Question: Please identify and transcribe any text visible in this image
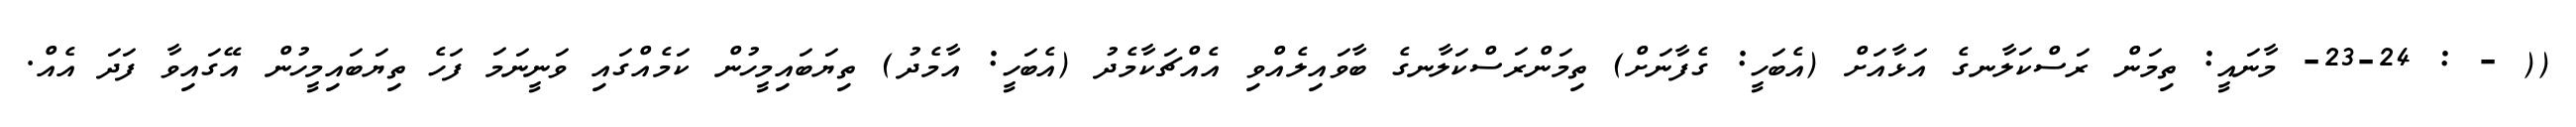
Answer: (( - : 23-24- މާނައީ: ތިމަން ރަސްކަލާނގެ އަޅާއަށް (އެބަހީ: ގެފާނަށް) ތިމަންރަސްކަލާނގެ ބާވައިލެއްވި އެއްޗަކާމެދު (އެބަހީ: އާމެދު) ތިޔަބައިމީހުން ކަމެއްގައި ވަނީނަމަ ފަހެ ތިޔަބައިމީހުން އޭގައިވާ ފަދަ އެއް.